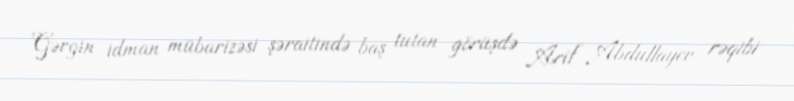
Gərgin idman mübarizəsi şəraitində baş tutan görüşdə Arif Abdullayev rəqibi